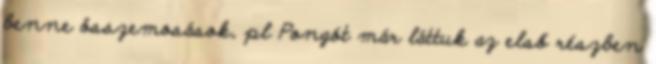
benne összemosások, pl Pongót már láttuk az első részben